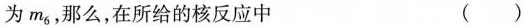
为m_{6} ，那么，在所给的核反应中 （）